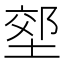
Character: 𭏇